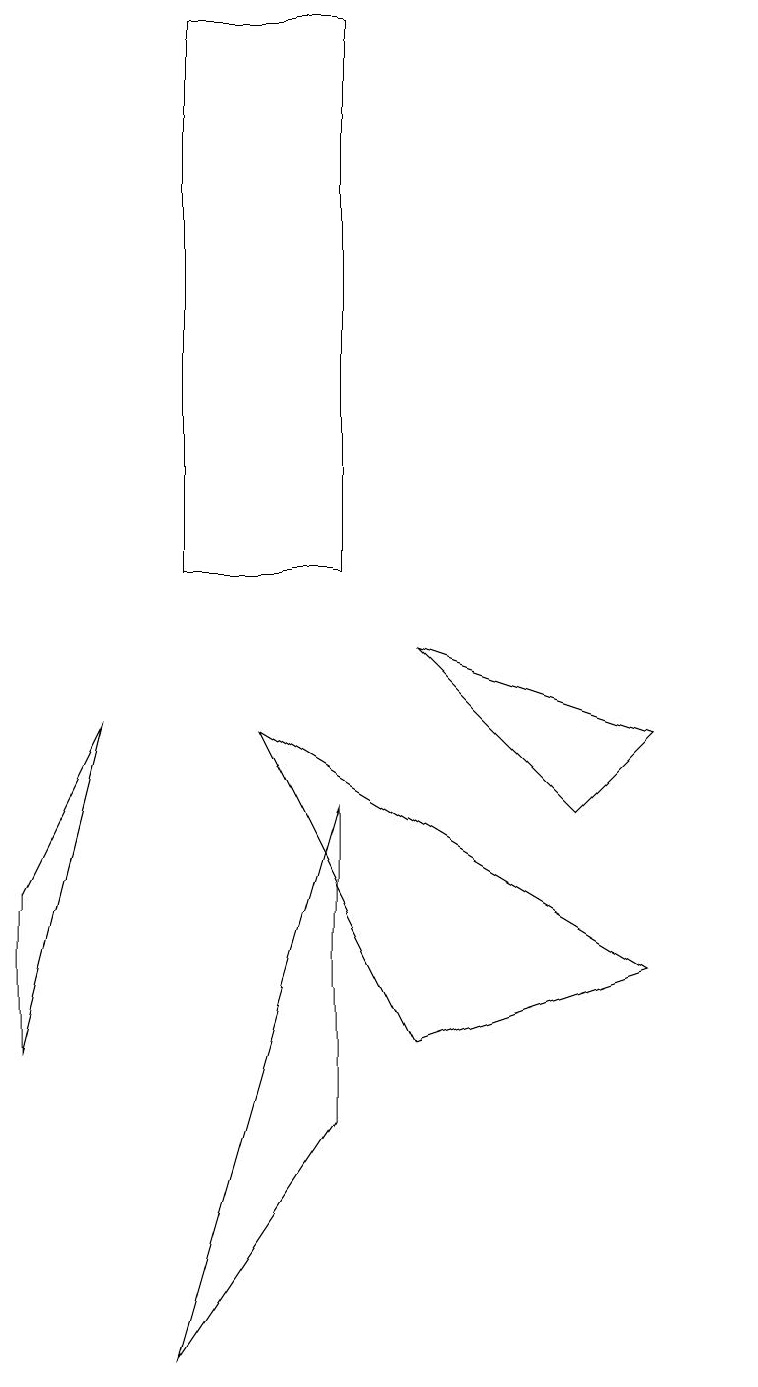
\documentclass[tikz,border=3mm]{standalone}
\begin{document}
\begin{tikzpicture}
\draw (5,7) -- (5,3) -- (3,0) -- cycle;
\draw (5,17) rectangle (3,10);
\draw (1,4) -- (2,8) -- (1,6) -- cycle;
\draw (6,9) -- (8,7) -- (9,8) -- cycle;
\draw (9,5) -- (4,8) -- (6,4) -- cycle;
\draw (10,10) circle (0);
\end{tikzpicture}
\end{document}